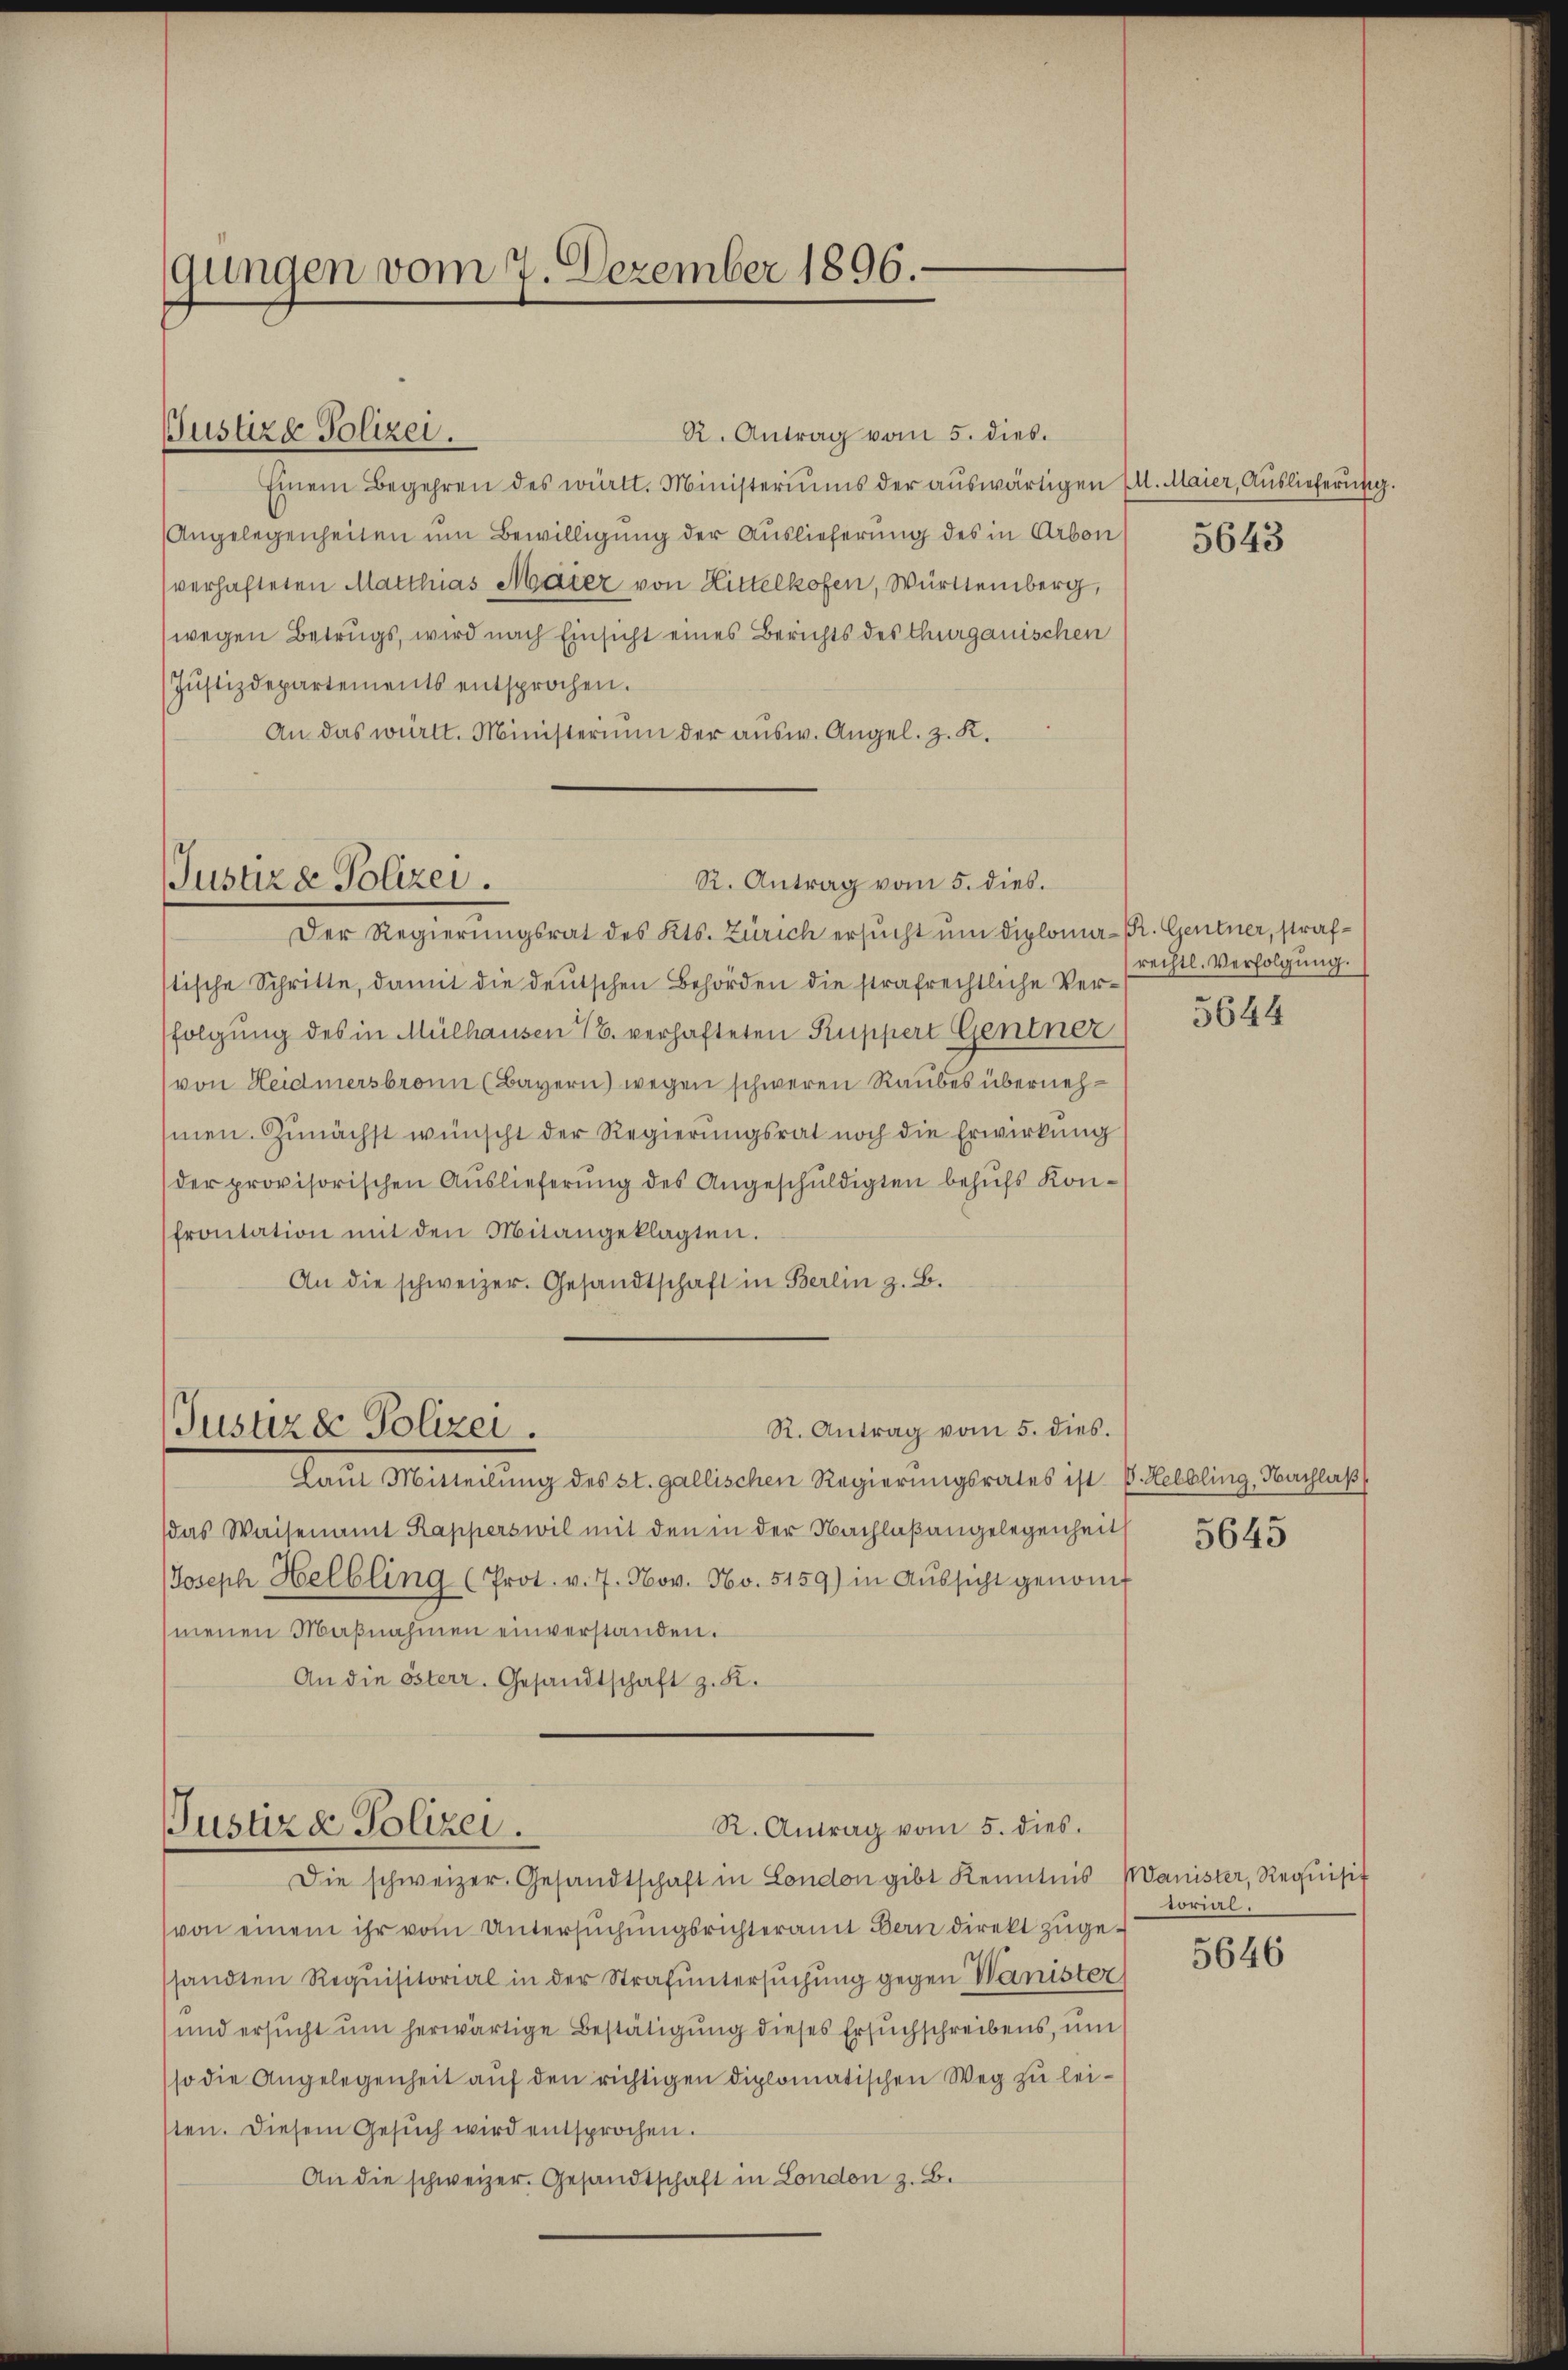
gungen vom 7. Dezember 1896.

Justize Polizei.
R. Antrag vom 5. dies.
Einem Begehren des wirkt. Ministeriums der auswärtigen (l. Maier, Auslieferung.
Angelegenheiten um Bewilligung der Auslieferung des in Arbon
(verhafteten Matthias Maier von Hittelkofen, Württemberg,
(wegen Betrugs, wird nach Einsicht eines Berichts des Thurgauischen
Jŭstizdepartements entsprochen.
An das württ. Ministerium der aŭsw. Angel. z. K.

R. Antrag vom 5. dies.
Jusure Polizei.

Der Regierungsrat des Kts. Zürich ersucht um diploma-Pr. Gentner, strafstische Schritte, damit die deutschen Behörden die strafrechtliche Verfolgung des in Mülhausen 16. verhafteten Kuppert Gentner
von Heidmersbronn (Bayern) wegen schweren Raubes übernehmen. Zunächst wünscht der Regierungsrat noch die Erwirkung
der provisorischen Auslieferung des Angeschuldigten behufs Konfrontation mit den Mitangeklagten.
An die schweizer. Gesandtschaft in Berlin z. B.
R. Antrag vom 5. dies.
Justiz & Polizei.
Laut Mitteilŭng des st. gallischen Regierungsrates ist E. Helbling, Nachlaß
das Waisenamt Rapperswil mit den in der Nachlaßangelegenheit
Joseph Helbling (Prot. v. 7. Nov. No. 5159) in Aŭssicht genom
menen Maβnahmen einverstanden.
An die österr. Gesandtschaft z. K.

R. Antrag vom 5. dies
Justiz & Polizei.

Die schweizer. Gesandtschaft in London gibt Kenntnis
von einem ihr vom Untersuchungsrichteramt Bern direkt zugesandten Requisitorial in der Strafuntersŭchŭng gegen Wanister
und ersŭcht ŭm herwärtige Bestätigung dieses Ersuchschreibens, um
so die Angelegenheit auf den richtigen diplomatischen Weg zu leiten. Diesem Gesuch wird entsprochen.
An die schweizer. Gesandtschaft in London z. B.

5643

rechtl. Verfolgung.

5644

5645

Manister, Requisit
torial.

5646